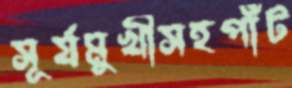
সূর্যমুখীসহপাঁট